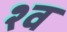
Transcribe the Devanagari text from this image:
श्‍व